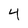
Character: 4